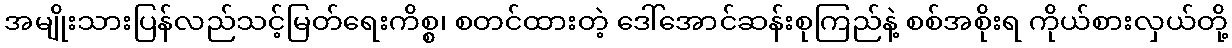
အမျိုးသားပြန်လည်သင့်မြတ်ရေးကိစ္စ၊ စတင်ထားတဲ့ ဒေါ်အောင်ဆန်းစုကြည်နဲ့ စစ်အစိုးရ ကိုယ်စားလှယ်တို့